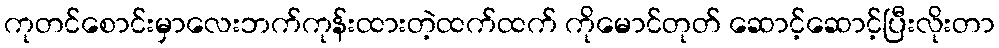
ကုတင်စောင်းမှာလေးဘက်ကုန်းထားတဲ့ထက်ထက် ကိုမောင်တုတ် ဆောင့်ဆောင့်ပြီးလိုးတာ